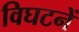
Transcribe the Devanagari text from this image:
विघटनें